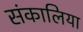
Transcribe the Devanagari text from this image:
संकालिया